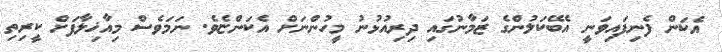
އެކަން ފެނިފައިވަނީ އެބޭކަލުންގެ ޒަމާނުގައި ދިރިއުޅުނު މީހުންނަށް އެކަންޏެވެ. ނަމަވެސް މިއާޚިލާފަށް ކީރިތި